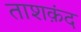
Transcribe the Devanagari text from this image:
ताशक़ंद